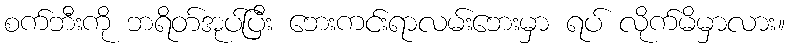
စက်ဘီးကို ဘရိတ်အုပ်ပြီး ဘေးကင်းရာလမ်းဘေးမှာ ရပ် လိုက်မိမှာလား။